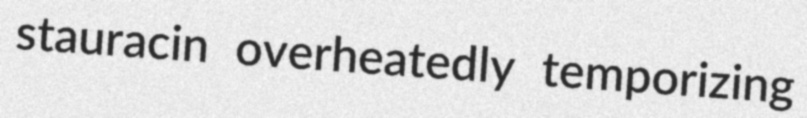
stauracin overheatedly temporizing